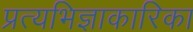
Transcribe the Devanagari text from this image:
प्रत्यभिज्ञाकारिका